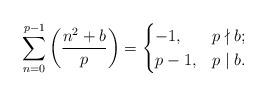
LaTeX: \begin{align*}\sum_{n=0}^{p-1} \left( \frac{n^2+b}{p} \right)=\begin{cases}-1, & p\nmid b; \\p-1, & p \mid b.\end{cases}\end{align*}